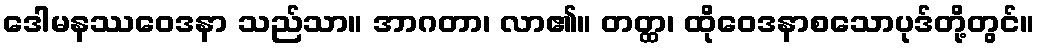
ဒေါမနဿဝေဒနာ သည်သာ။ အာဂတာ၊ လာ၏။ တတ္ထ၊ ထိုဝေဒနာစသောပုဒ်တို့တွင်။